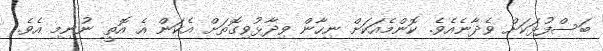
ބަސްފުޅަކަށް ވެދާނެއެވެ. ކޮންމެއަކަށް ނިހާން ވިދާޅުވިގޮތަށް އެކަން އެ އޮތީ ނުނިމި އެވެ.